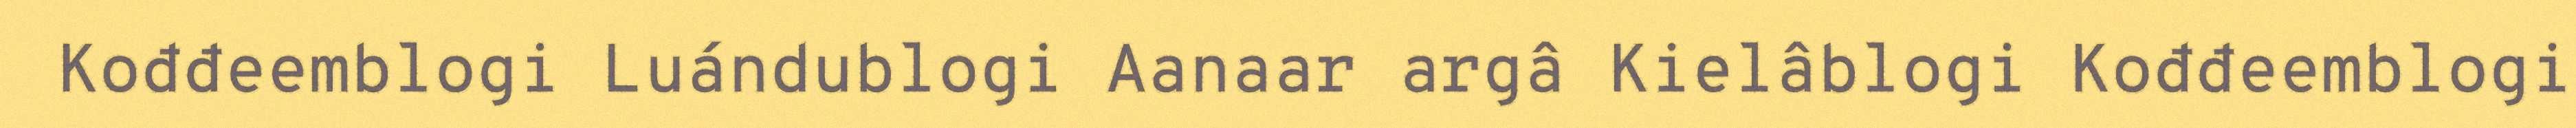
Kođđeemblogi Luándublogi Aanaar argâ Kielâblogi Kođđeemblogi